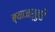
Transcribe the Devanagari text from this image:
ब्याजस्तुति